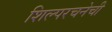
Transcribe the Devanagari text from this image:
शिल्परचनेची